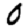
Digit: 0